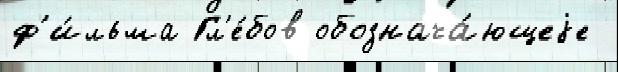
ф'и́льма Гл'е́бов обознача́ющеjе